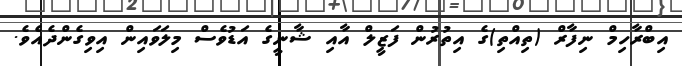
އިބްރާހިމް ނިފާރް (ތިއްތި)ގެ އިތުރުން ފަޒީލް އާއި ޝާނީގެ އަޑުވެސް މިލަވައިން އިވިގެންދެއެވެ.